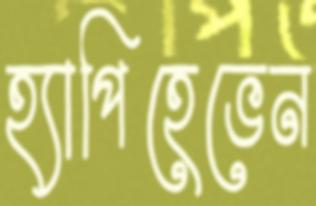
হ্যাপিহেভেন